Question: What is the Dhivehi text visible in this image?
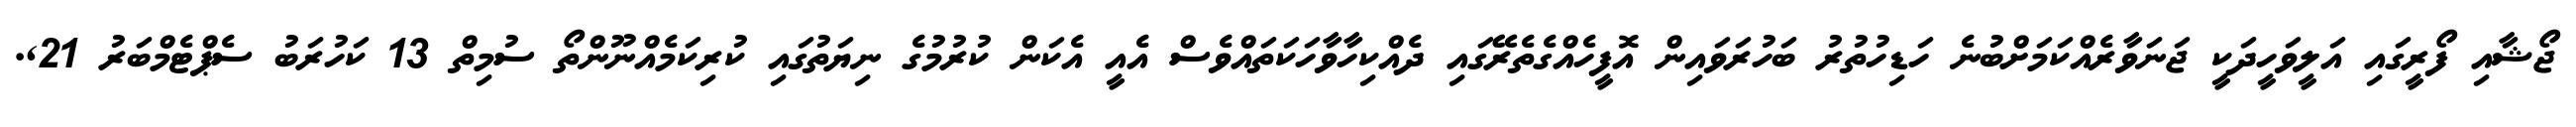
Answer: ޖޯޝާއި ފޯރީގައި އަލީވަހީދަކީ ޖަނަވާރެއްކަމަށްބުނެ ހަޑިހުތުރު ބަހުރަވައިން އޮފީހެއްގެތެރޭގައި ދެއްކިހާވާހަކަތައްވެސް އެއީ އެކަން ކުރުމުގެ ނިޔަތުގައި ކުރިކަމެއްނޫންތޯ ސުމިތް 13 ކަހުރަބު ސެޕްޓެމްބަރު 21,.